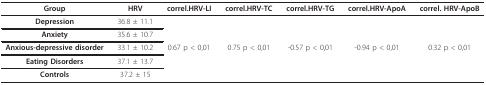
| Group | HRV | correl.HRV-LI | correl.HRV-TC | correl.HRV-TG | correl.HRV-ApoA | correl. HRV-ApoB |
 | --- | --- | --- | --- | --- | --- | --- |
 | Depression | 36.8 ± 11.1 |  |  |  |  |  |
 | Anxiety | 35.6 ± 10.7 |  |  |  |  |  |
 | Anxious-depressive disorder | 33.1 ± 10.2 | 0.67 p < 0,01 | 0.75 p < 0,01 | -0.57 p < 0,01 | -0.94 p < 0,01 | 0.32 p < 0,01 |
 | Eating Disorders | 37.1 ± 13.7 |  |  |  |  |  |
 | Controls | 37.2 ± 15 |  |  |  |  |  |